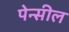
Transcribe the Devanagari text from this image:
पेन्सील